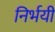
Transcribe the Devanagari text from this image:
निर्भयी